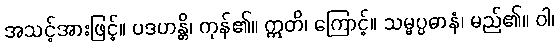
အသင့်အားဖြင့်။ ပဒဟန္တိ၊ ကုန်၏။ ဣတိ၊ ကြောင့်။ သမ္မပ္ပဓာနံ၊ မည်၏။ ဝါ၊